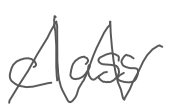
Text: class
Cross-out: zig-zag
Writing tool: digital_gray